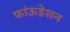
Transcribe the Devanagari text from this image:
फांऊडेशन